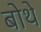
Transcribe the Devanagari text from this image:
बोथे